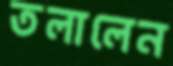
তলালেন